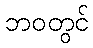
ဘဝတွင်